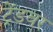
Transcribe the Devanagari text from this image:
ट्रेंडवर